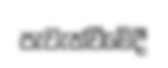
පැවැත්වීමේදී